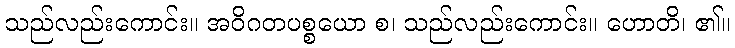
သည်လည်းကောင်း။ အဝိဂတပစ္စယော စ၊ သည်လည်းကောင်း။ ဟောတိ၊ ၏။